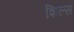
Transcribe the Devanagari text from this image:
शिल्स